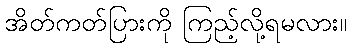
အိတ်ကတ်ပြားကို ကြည့်လို့ရမလား။